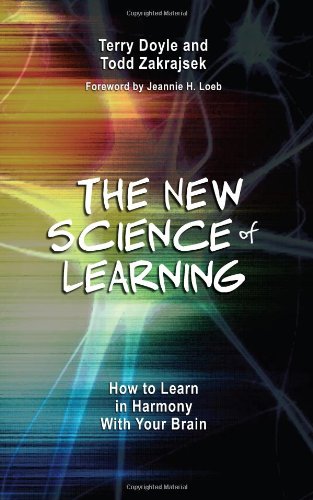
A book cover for The New Science of Learning: How to Learn in Harmony With Your Brain; Terry Doyle; Test Preparation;